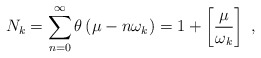
\begin{align*}N_{k}=\sum_{n=0}^{\infty }\theta \left( \mu -n\omega _{k}\right) =1+\left[ \frac{\mu }{\omega _{k}}\right] \,\,, \end{align*}